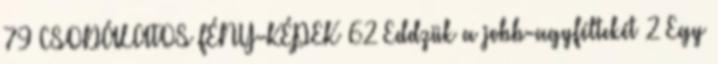
79 CSODÁLATOS FÉNY-KÉPEK 62 Eddzük a jobb-agyféltekét 2 Egy